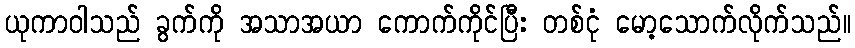
ယုကာဝါသည် ခွက်ကို အသာအယာ ကောက်ကိုင်ပြီး တစ်ငုံ မော့သောက်လိုက်သည်။